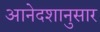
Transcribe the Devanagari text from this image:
आनेदशानुसार